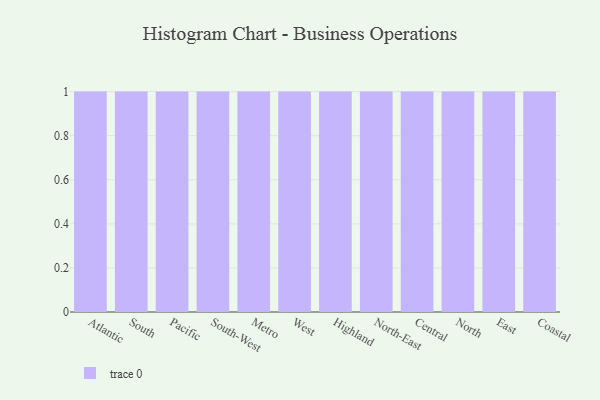
{"axis": {"x": "Region", "y": "Backlog"}, "legend": [""], "data": [{"x": "Atlantic", "y": 55, "type": ""}, {"x": "South", "y": 78, "type": ""}, {"x": "Pacific", "y": 57, "type": ""}, {"x": "South-West", "y": 88, "type": ""}, {"x": "Metro", "y": 93, "type": ""}, {"x": "West", "y": 82, "type": ""}, {"x": "Highland", "y": 44, "type": ""}, {"x": "North-East", "y": 18, "type": ""}, {"x": "Central", "y": 18, "type": ""}, {"x": "North", "y": 96, "type": ""}, {"x": "East", "y": 90, "type": ""}, {"x": "Coastal", "y": 92, "type": ""}]}